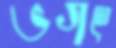
ভগৎ